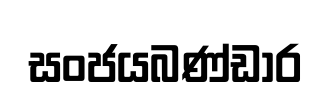
සංජයබණ්ඩාර